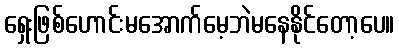
ရှေးဖြစ်ဟောင်းမအောက်မေ့ဘဲမနေနိုင်တော့ပေ။